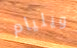
ويليام